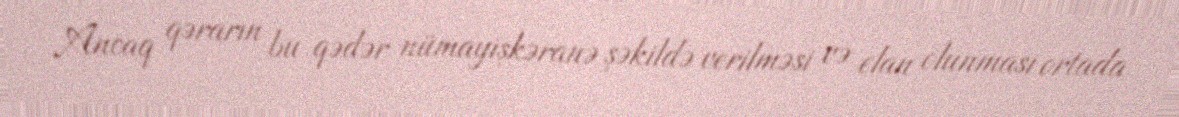
Ancaq qərarın bu qədər nümayişkəranə şəkildə verilməsi və elan olunması ortada